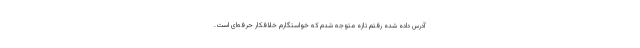
آدرس داده شده رفتم تازه متوجه شدم که خواستگارم خلافکار حرفه‌ای است.